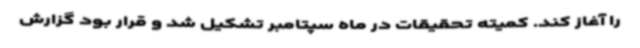
را آغاز کند. کمیته تحقیقات در ماه سپتامبر تشکیل شد و قرار بود گزارش